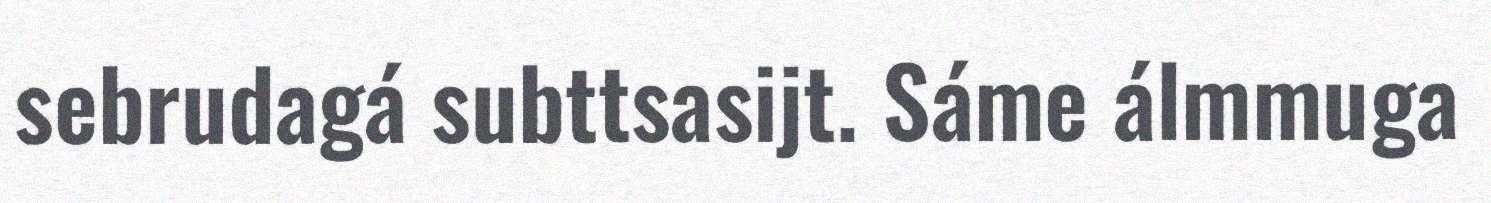
sebrudagá subttsasijt. Sáme álmmuga